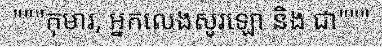
"""កុមារ, អ្នកលេងសូរឡោ និង ជា"""